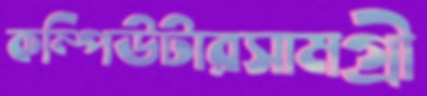
কম্পিউটারসামগ্রী